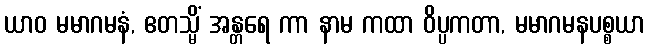
ယာဝ မမာဂမနံ, ဧတသ္မိံ အန္တရေ ကာ နာမ ကထာ ဝိပ္ပကတာ, မမာဂမနပစ္စယာ